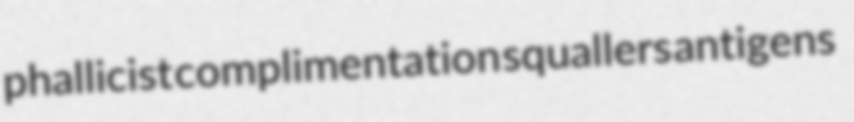
phallicist complimentation squallers antigens